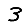
Digit: 3